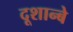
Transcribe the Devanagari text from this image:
दूशान्बे